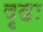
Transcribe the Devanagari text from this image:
दृढः